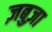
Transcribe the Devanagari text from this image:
ज़बुज़ा